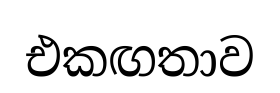
එකඟතාව